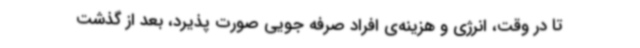
تا در وقت، انرژی و هزینه‌ی افراد صرفه جویی صورت پذیرد، بعد از گذشت